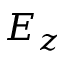
E _ { z }